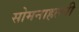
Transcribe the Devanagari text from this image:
सोमनाहल्ली